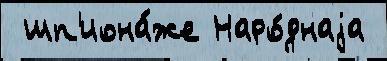
 шп'иона́же Наро́днаjа